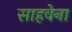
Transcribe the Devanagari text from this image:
साहवेना